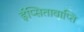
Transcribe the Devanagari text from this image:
ईप्सितावाप्ति